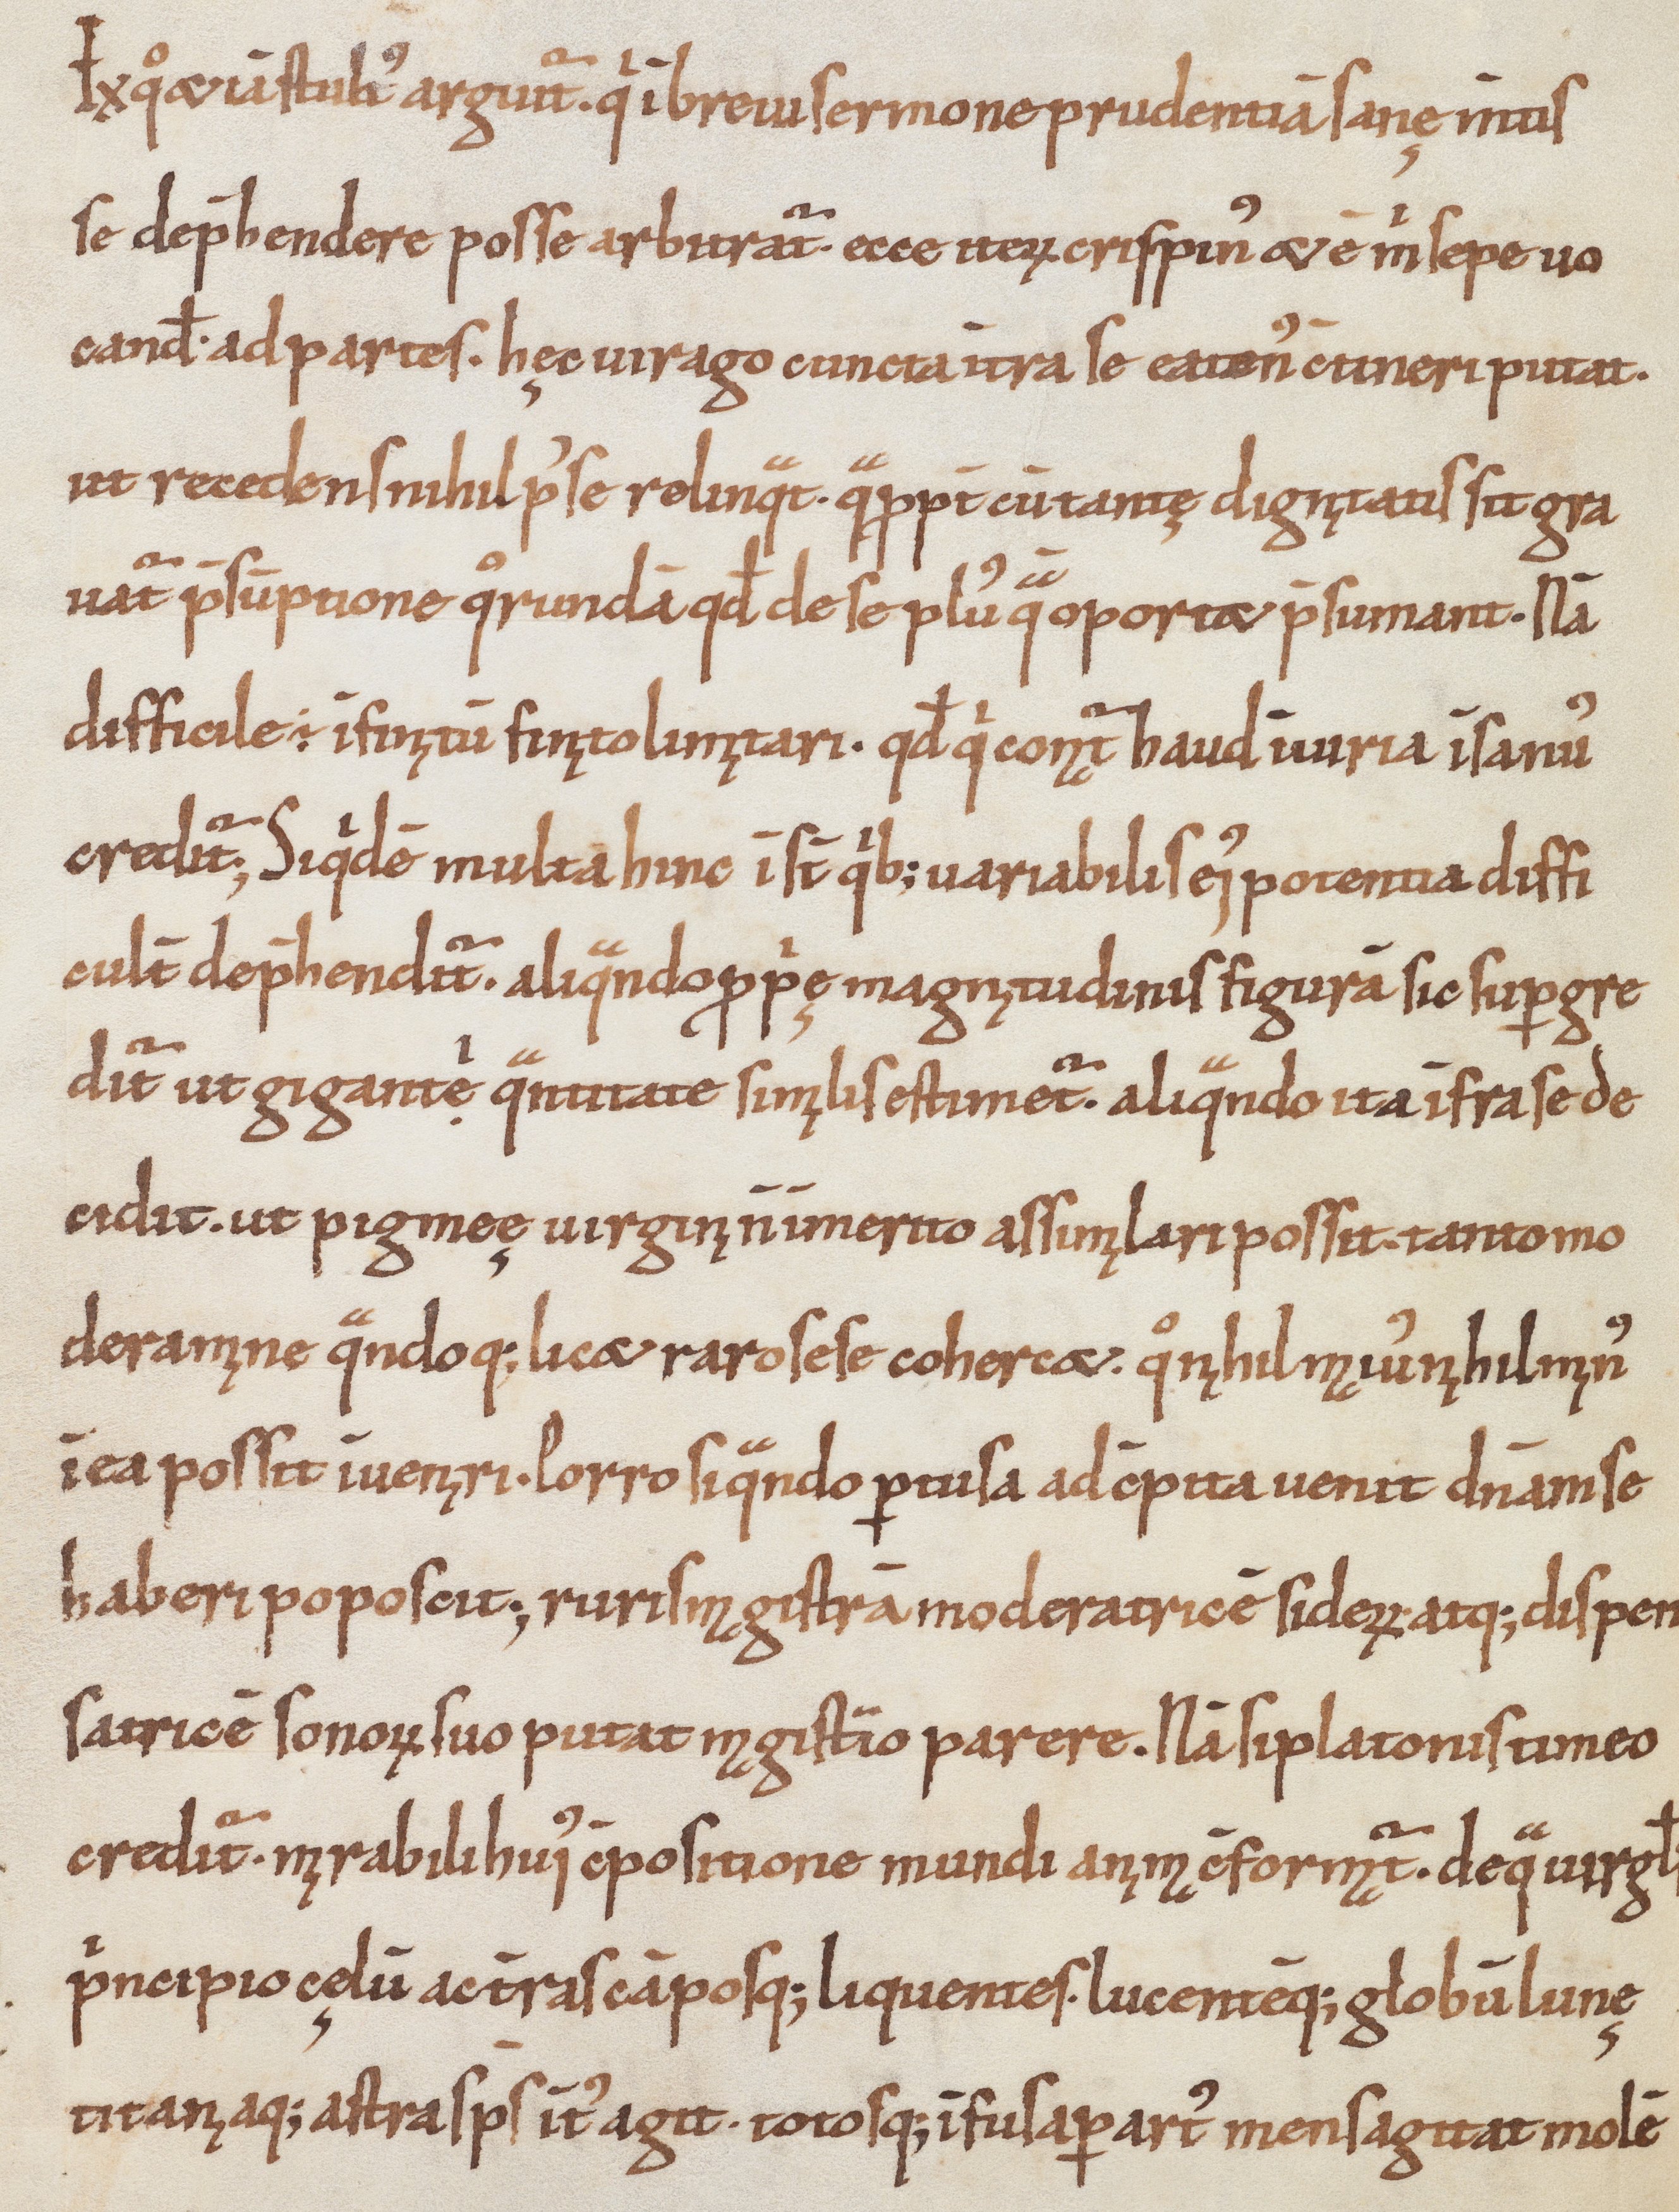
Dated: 1100–1099